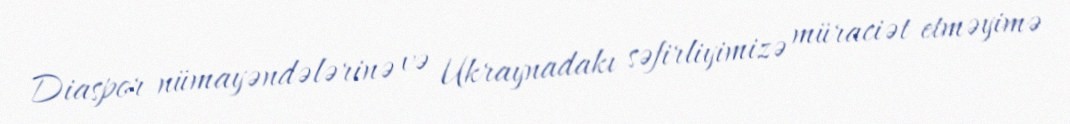
Diaspor nümayəndələrinə və Ukraynadakı səfirliyimizə müraciət etməyimə